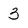
Character: 3